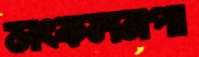
সংকলনপা